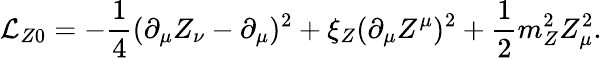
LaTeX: {\cal L}_{Z0}=-{\frac{1}{4}}(\partial_{\mu}Z_{\nu}-\partial_{\mu})^{2}+\xi_{Z}(\partial_{\mu}Z^{\mu})^{2}+{\frac{1}{2}}m_{Z}^{2}Z_{\mu}^{2}.